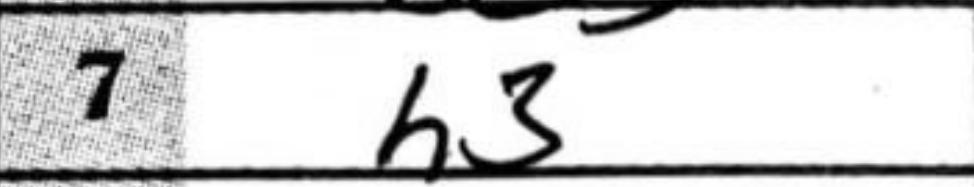
Transcription: h3